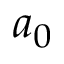
a _ { 0 }